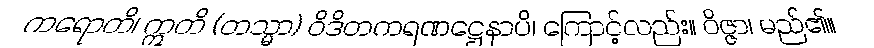
ကရောတိ၊ ဣတိ (တသ္မာ) ဝိဒိတကရဏဋ္ဌေနာပိ၊ ကြောင့်လည်း။ ဝိဇ္ဇာ၊ မည်၏။